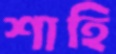
শাহি